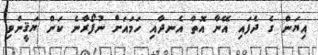
އިޔަން ގެ ދެފައި އޭނާ އޮތް އެނދާއި ހަމައަށް ނުފޯރާނެ ކަން ޔަޤީންވި